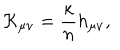
LaTeX: { \cal K } _ { \mu \nu } = { \frac { \kappa } { n } } h _ { \mu \nu } ,